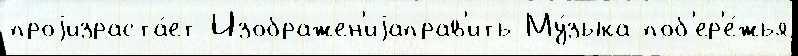
проjизраста́ет Изображен'иjаправ'ить Му́зыка поб'ер'е́жья